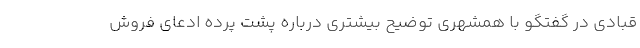
قبادی در گفتگو با همشهری توضیح بیشتری درباره پشت پرده ادعای فروش